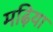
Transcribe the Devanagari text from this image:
मढ़िया